Civil Veterinary Department. United Provinces 1932-42 - 1932-1942
Year: 1932
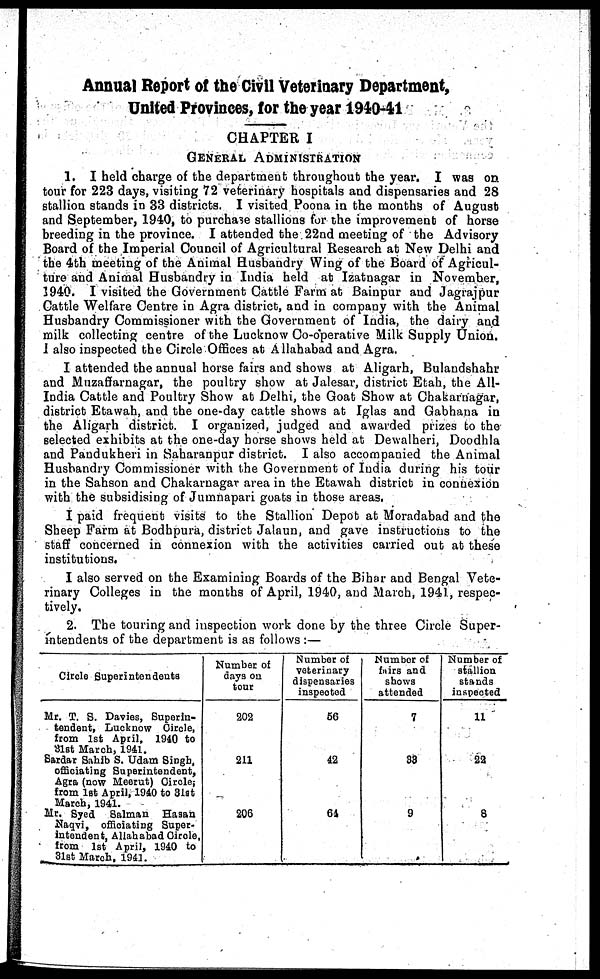
Annual Report of the Civil Veterinary Department,
United Provinces, for the year 1940-41
CHAPTER I
GENERAL
ADMINISTRATION
1. I held charge of the department throughout the year. I was on
tour for 223 days, visiting 72 veterinary hospitals and dispensaries and 28
stallion stands in 33 districts. I visited Poona in the months of August
and September, 1940, to purchase stallions for the improvement of horse
breeding in the province. I attended the 22nd meeting of the Advisory
Board of the Imperial Council of Agricultural Research at New Delhi and
the 4th meeting of the Animal Husbandry Wing of the Board of Agricul-
ture and Animal Husbandry in India held at Izatnagar in November,
1940. I visited the Government Cattle Farm at Bainpur and Jagrajpur
Cattle Welfare Centre in Agra district, and in company with the Animal
Husbandry Commissioner with the Government of India, the dairy and
milk collecting centre of the Lucknow Co-operative Milk Supply Union.
1 also inspected the Circle Offices at Allahabad and Agra.
I attended the annual horse fairs and shows at Aligarh, Bulandshahr
and Muzaffarnagar, the poultry show at Jalesar, district Etah, the All-
India Cattle and Poultry Show at Delhi, the Goat Show at Chakarnagar,
district Etawah, and the one-day cattle shows at Iglas and Gabhana in
the Aligarh district. I organized, judged and awarded prizes to the
selected exhibits at the one-day horse shows held at Dewalheri, Doodhla
and Pandukheri in Saharanpur district. I also accompanied the Animal
Husbandry Commissioner with the Government of India during his tour
in the Sahson and Chakarnagar area in the Etawah district in connexion
with the subsidising of Jumnapari goats in those areas.
I paid frequent visits to the Stallion Depot at Moradabad and the
Sheep Farm at Bodhpura, district Jalaun, and gave instructions to the
staff concerned in connexion with the activities carried out at these
institutions.
I also served on the Examining Boards of the Bihar and Bengal Vete-
rinary Colleges in the months of April, 1940, and March, 1941, respec-
tively.
2. The touring and inspection work done by the three Circle Super-
intendents of the department is as follows :—
Circle Superintendents
Mr. T. S. Davies, Superin-
tendent, Lucknow Circle,
from 1st April, 1940 to
31st March, 1941.
Sardar Sahib S. Udam Singh,
officiating Superintendent,
Agra (now Meerut) Circle;
from 1st April, 1940 to 31st
March, 1941.
Mr. Syed Salman Hasan
Naqvi, officiating Super-
intendent, Allahabad Circle,
from 1st April, 1940 to
31st March, 1941.
Number of
days on
tour
202
211
206
Number of
veterinary
dispensaries
inspected
56
42
61
Number of
fairs and
shows
attended
7
S3
9
Number of
stallion
stands
inspected
11
22
8